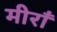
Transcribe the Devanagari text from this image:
मीराँ